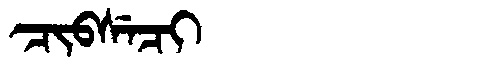
Manchu: ᠴᡳᠪᠰᡝᠴᡳ
Romanization: CIBSECI